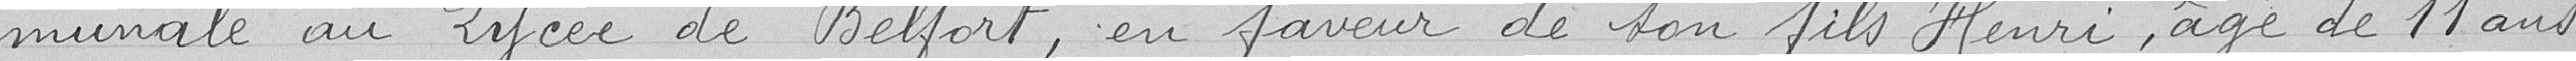
munale au Lycée de Belfort, en faveur de son fils Henri, agé de 11 ans.